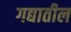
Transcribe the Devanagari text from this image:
गद्यातील